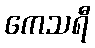
ကေသရီ